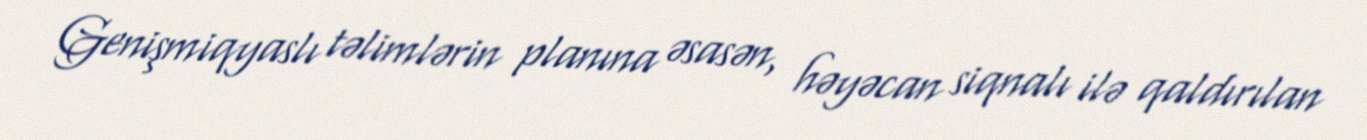
Genişmiqyaslı təlimlərin planına əsasən, həyəcan siqnalı ilə qaldırılan